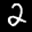
Label: 2